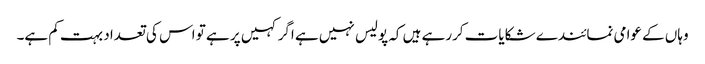
وہاں کے عوامی نمائندے شکایات کررہے ہیں کہ پولیس نہیں ہے اگر کہیں پر ہے تو اس کی تعداد بہت کم ہے۔